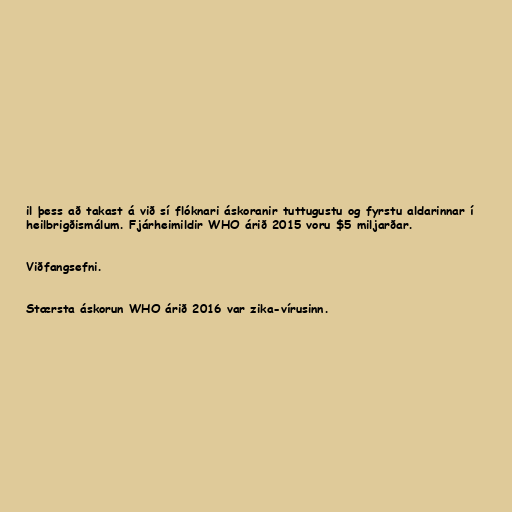
il þess að takast á við sí flóknari áskoranir tuttugustu og fyrstu aldarinnar í
heilbrigðismálum. Fjárheimildir WHO árið 2015 voru $5 miljarðar.

Viðfangsefni.

Stærsta áskorun WHO árið 2016 var zika-vírusinn.